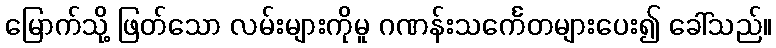
မြောက်သို့ ဖြတ်သော လမ်းများကိုမူ ဂဏန်းသင်္ကေတများပေး၍ ခေါ်သည်။